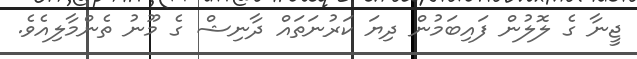
ޖީނާ ގެ ލޮލުން ފައިބަމުން ދިޔަ ކަރުނަތައް ދާނިޝް ގެ މޫނު ތެންމާލިއެވެ.